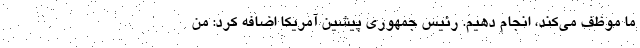
ما موظف می‌کند، انجام دهیم. رئیس جمهوری پیشین آمریکا اضافه کرد: من